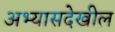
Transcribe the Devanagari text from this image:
अभ्यासदेखील